Document type: Sale
Year: 1440
Scribe: Pere Pau Pujades
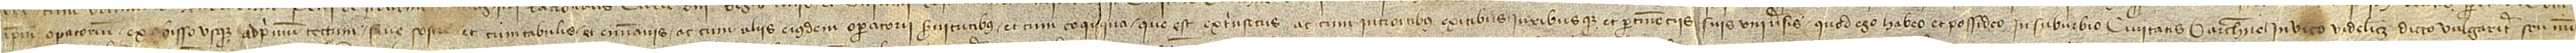
ipsum operatorium ex abisso usque ad primum tectum sive sostre, et cum tabulis et envannis ac cum aliis eiusdem operatorii servitutibus, et cum coquina que est extrinsecus, ac cum introitibus, exitibus iuribusque et pertinenciis suis universis, quod ego habeo et possideo in suburbio civitatis Barchinone, in vico videlicet dicto vulgariter seu nun-